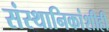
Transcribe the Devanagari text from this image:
संस्‍थानिकांशीही